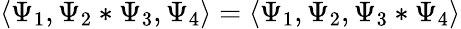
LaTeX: \langle\Psi_{1},\Psi_{2}*\Psi_{3},\Psi_{4}\rangle=\langle\Psi_{1},\Psi_{2},\Psi_{3}*\Psi_{4}\rangle